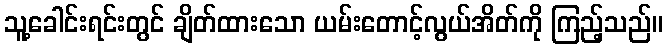
သူ့ခေါင်းရင်းတွင် ချိတ်ထားသော ယမ်းတောင့်လွယ်အိတ်ကို ကြည့်သည်။